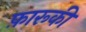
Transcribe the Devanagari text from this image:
फ़ारूकी